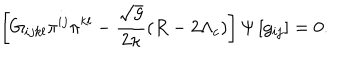
\left[ G _ { i j k l } \pi ^ { i j } \pi ^ { k l } - \frac { \sqrt { g } } { 2 \kappa } \left( R - 2 \Lambda _ { c } \right) \right] \Psi \left[ g _ { i j } \right] = 0 .